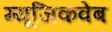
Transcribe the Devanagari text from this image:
म्यूजिकवेब